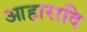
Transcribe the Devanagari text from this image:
आहारादि